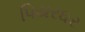
પિયરઘર